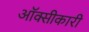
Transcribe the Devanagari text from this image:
ऑक्सीकारी